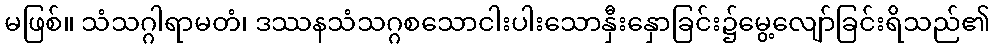
မဖြစ်။ သံသဂ္ဂါရာမတံ၊ ဒဿနသံသဂ္ဂစသောငါးပါးသောနှီးနှောခြင်း၌မွေ့လျော်ခြင်းရိသည်၏